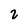
Character: 2